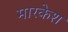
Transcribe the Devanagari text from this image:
मारकेश